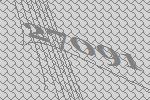
27091